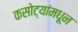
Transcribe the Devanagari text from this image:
कसोट्यांमधून